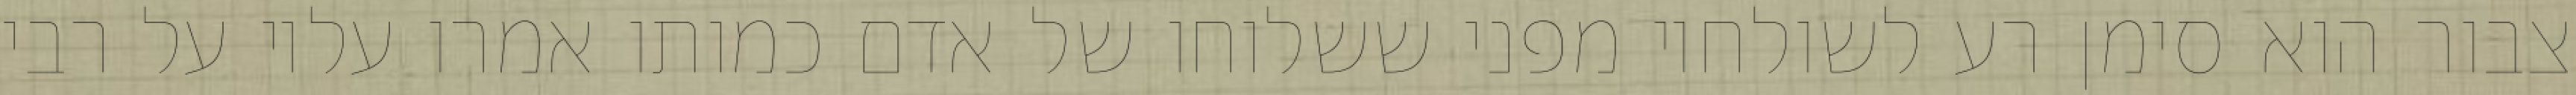
צבור הוא סימן רע לשולחיו מפני ששלוחו של אדם כמותו אמרו עליו על רבי